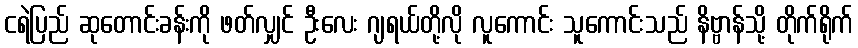
ငရဲပြည် ဆုတောင်းခန်းကို ဖတ်လျှင် ဦးလေး ဂျရယ်တို့လို လူကောင်း သူကောင်းသည် နိဗ္ဗာန်သို့ တိုက်ရိုက်